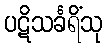
ပဋိသင်္ခရိံသု